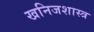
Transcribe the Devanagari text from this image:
खनिजशास्त्र